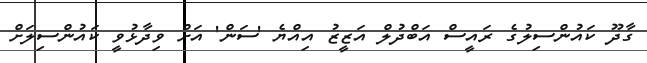
ގާދޫ ކައުންސިލުގެ ރައީސް އަބްދުލް އަޒީޒު އިއްޔެ 'ސަން' އަށް ވިދާޅުވީ ކައުންސިލަށް